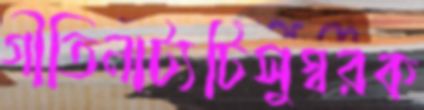
গীতিনাট্যটিসুস্বরক